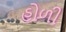
હોળી